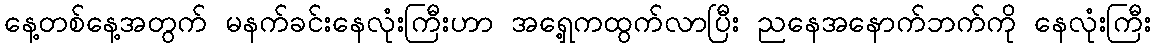
နေ့တစ်နေ့အတွက် မနက်ခင်းနေလုံးကြီးဟာ အရှေ့ကထွက်လာပြီး ညနေအနောက်ဘက်ကို နေလုံးကြီး